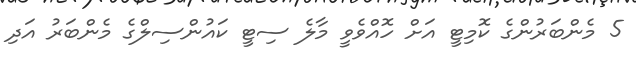
5 މެންބަރުންގެ ކޮމިޓީ އަށް ހޮއްވެވީ މާލެ ސިޓީ ކައުންސިލްގެ މެންބަރު އަދި